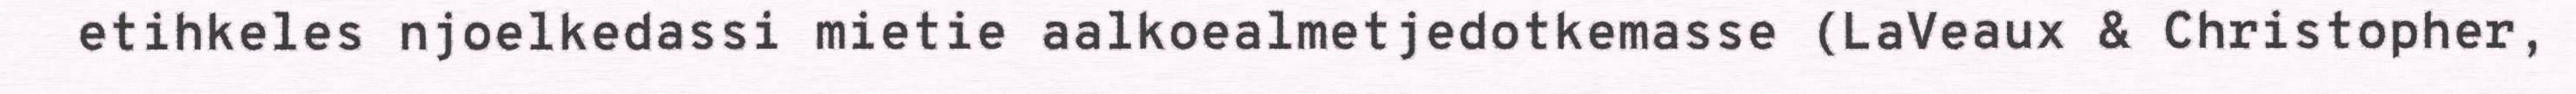
etihkeles njoelkedassi mietie aalkoealmetjedotkemasse (LaVeaux & Christopher,